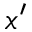
x ^ { \prime }